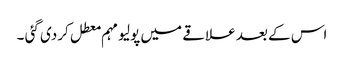
اس کے بعد علاقے میں پولیو مہم معطل کردی گئی ۔